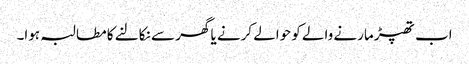
اب تھپڑ مارنے والے کو حوالے کرنے یا گھر سے نکالنے کا مطالبہ ہوا۔